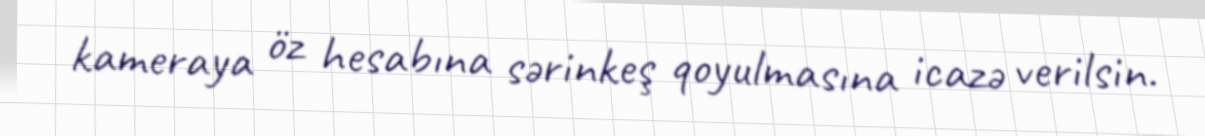
kameraya öz hesabına sərinkeş qoyulmasına icazə verilsin.